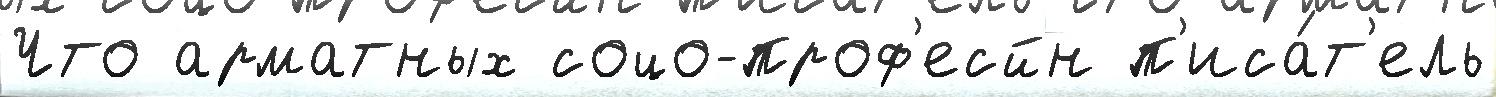
Что арматных соцо-проф'есйн п'иса́т'ель